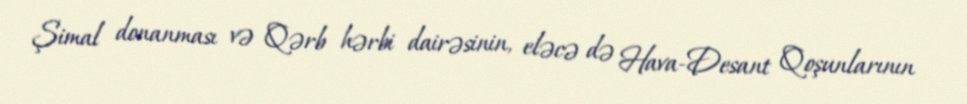
Şimal donanması və Qərb hərbi dairəsinin, eləcə də Hava-Desant Qoşunlarının